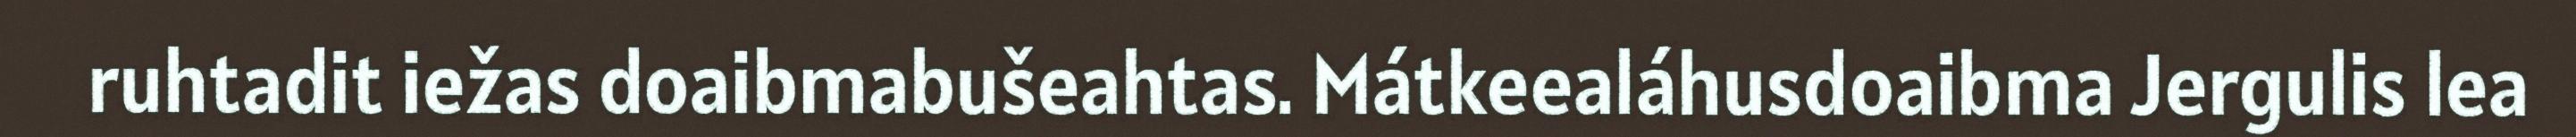
ruhtadit iežas doaibmabušeahtas. Mátkeealáhusdoaibma Jergulis lea